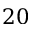
2 0